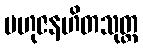
ဗဟုဇနဟိတသုတ္တ